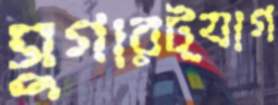
সুগারট্যাগ